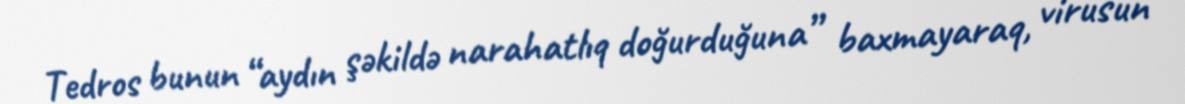
Tedros bunun “aydın şəkildə narahatlıq doğurduğuna” baxmayaraq, virusun